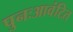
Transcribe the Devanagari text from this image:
पुनःआवंटित